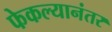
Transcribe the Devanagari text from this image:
फेकल्यानंतर